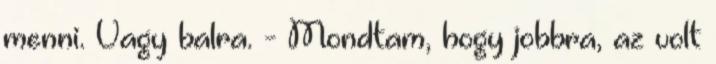
menni. Vagy balra. - Mondtam, hogy jobbra, az volt